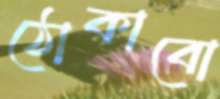
ঠোকাবো